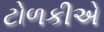
ટોળકીએ